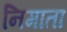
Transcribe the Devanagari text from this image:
निमाता